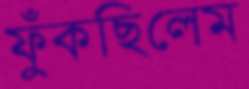
ফুঁকছিলেম